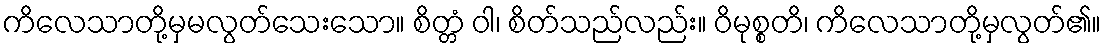
ကိလေသာတို့မှမလွတ်သေးသော။ စိတ္တံ ဝါ၊ စိတ်သည်လည်း။ ဝိမုစ္စတိ၊ ကိလေသာတို့မှလွတ်၏။